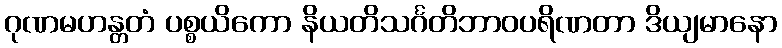
ဂုဏမဟန္တတံ ပစ္စယိကော နိယတိသင်္ဂတိဘာဝပရိဏတာ ဒိယျမာနော